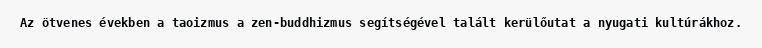
Az ötvenes években a taoizmus a zen-buddhizmus segítségével talált kerülőutat a nyugati kultúrákhoz.